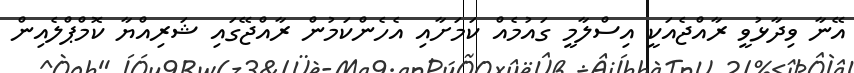
އޭނާ ވިދާޅުވީ ރާއްޖެއަކީ އިސްލާމީ ގައުމެއް ކަމަށާއި އެހެންކަމުން ރާއްޖޭގައި ޝަރިއްޔާ ކޮމްޕްލެއިން